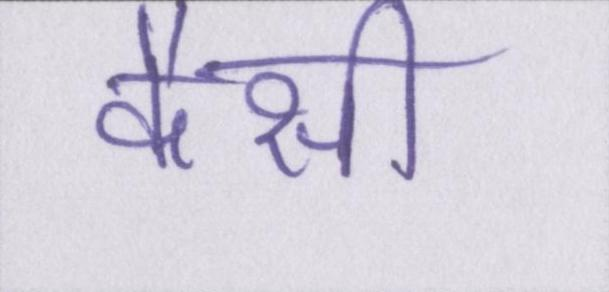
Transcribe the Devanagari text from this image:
कैसी